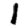
Digit: 1